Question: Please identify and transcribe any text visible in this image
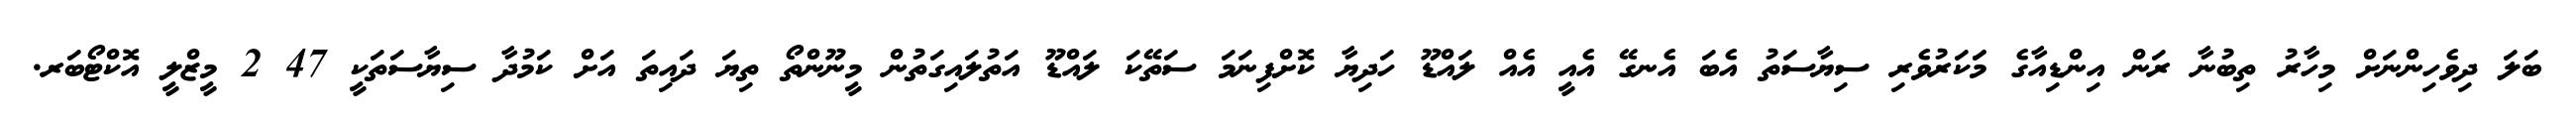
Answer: ބަލަ ދިވެހިންނަށް މިހާރު ތިބުނާ ރަން އިންޑިއާގެ މަަކަރުވެރި ސިޔާސަތު އެބަ އެނގޭ އެއީ އެއް ލައްޑޫ ހަދިޔާ ކޮށްފިނަމަ ސަތޭކަ ލައްޑޫ އަތުލައިގަތުން މީނޫންތޯ ތިޔަ ދައިތަ އަށް ކަމުދާ ސިޔާސަތަކީ 47 2 މީޒްލީ އޮކްޓޯބަރ.